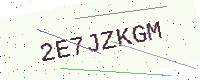
Text: 2E7JZKGM